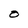
Character: O